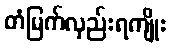
တံမြက်လှည်းရကျိုး